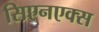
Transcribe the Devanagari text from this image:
सिएनएक्स